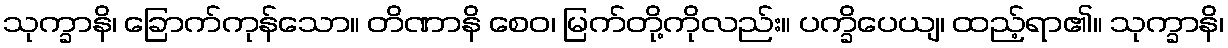
သုက္ခာနိ၊ ခြောက်ကုန်သော။ တိဏာနိ စေဝ၊ မြက်တို့ကိုလည်း။ ပက္ခိပေယျ၊ ထည့်ရာ၏။ သုက္ခာနိ၊